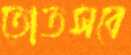
তোতসবে